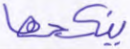
ينكحها